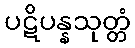
ပဋိပန္နသုတ္တံ